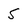
Character: 5